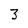
Character: 3